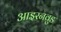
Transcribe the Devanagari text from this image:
आइरनवुड